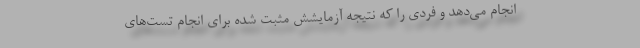
انجام می‌دهد و فردی را که نتیجه آزمایشش مثبت شده برای انجام تست‌های